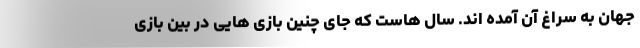
جهان به سراغ آن آمده اند. سال هاست که جای چنین بازی هایی در بین بازی